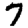
Digit: 7